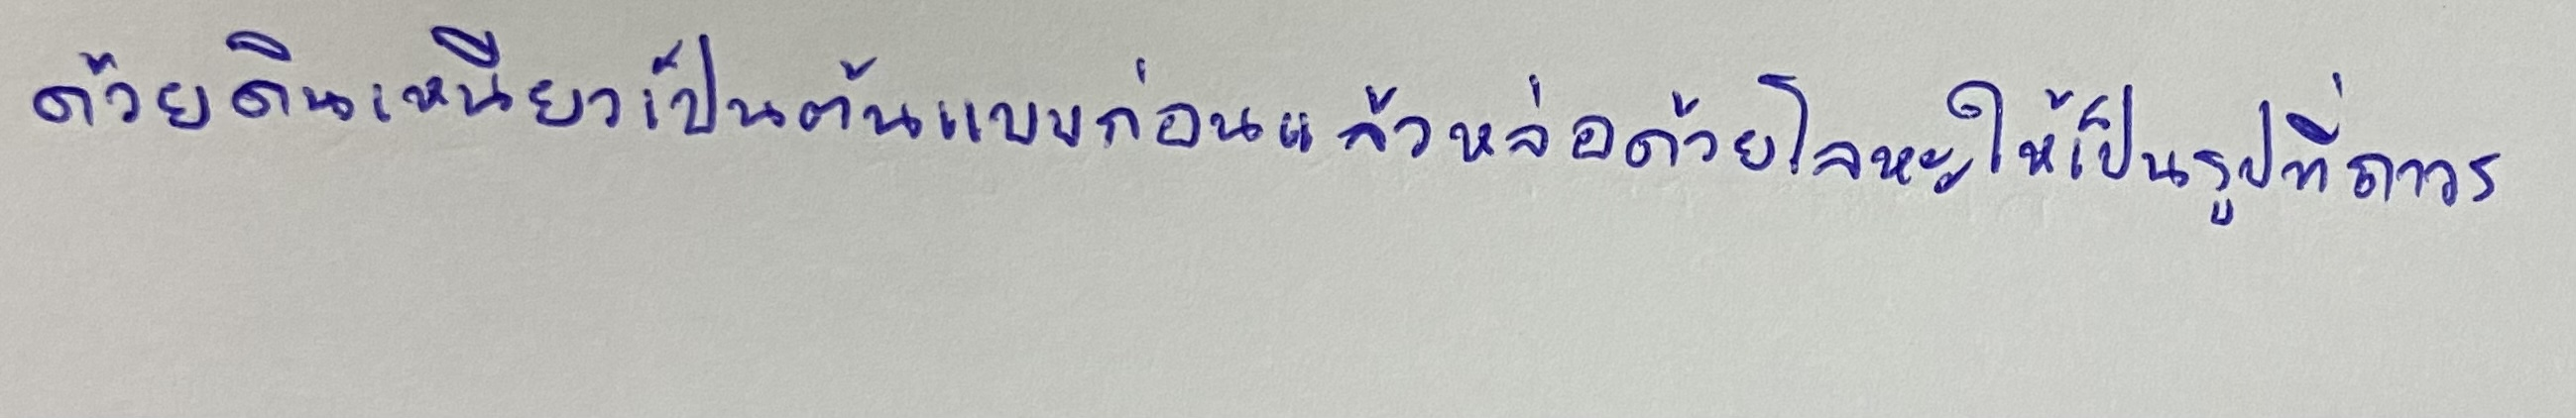
ด้วยดินเหนียวเป็นต้นแบบก่อนแล้วหล่อด้วยโลหะให้เป็นรูปที่ถาวร